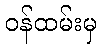
ဝန်ထမ်းမှ